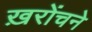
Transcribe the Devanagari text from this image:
ख़रोंचने